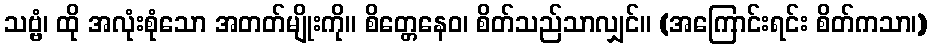
သဗ္ဗံ၊ ထို အလုံးစုံသော အတတ်မျိုးကို။ စိတ္တေနေဝ၊ စိတ်သည်သာလျှင်။ (အကြောင်းရင်း စိတ်ကသာ၊)